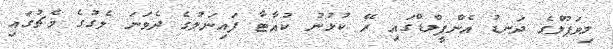
ލިވަޕޫލްގެ ދަނޑު އެންފީލްޑްގައި ރޭ ކުޅުނު ކުއާޓާ ފައިނަލުގެ ދެވަނަ ލެގުގެ މެޗުގައި